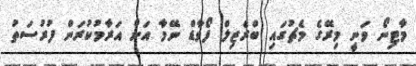
މާޓިނޯ ވަނީ މިރޭގެ މެޗުގައި ބްރެޒިލް ފޯވާޑް ނޭމާ އަށް އަރާމުކުރަން ފުރުސަތު